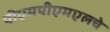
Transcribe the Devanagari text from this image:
पीएमपीएमएलचे